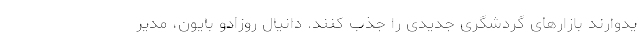
یدوارند بازارهای گردشگری جدیدی را جذب کنند. دانیال روزادو بایون، مدیر